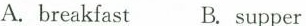
A. breakfast B. Supper